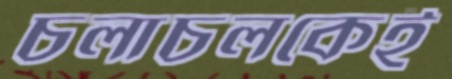
চলাচলকেই